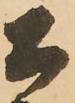
公